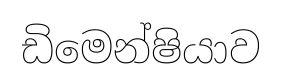
ඩිමෙන්ෂියාව